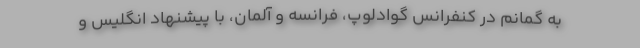
به گمانم در کنفرانس گوادلوپ، فرانسه و آلمان، با پیشنهاد انگلیس و